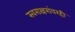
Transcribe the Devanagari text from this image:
स्वराक्षरांवरही